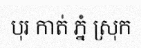
បុរ កាត់ ភ្នំ ស្រុក